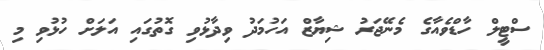
ސްޓީލް ހާޑްވެއާގެ މެނޭޖަރު ޝިޔާޒް އަހުމަދު ވިދާޅުވި ގޮތުގައި އަލަށް ހުޅުވި މި